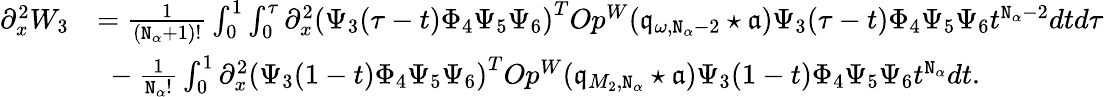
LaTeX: \begin{array}{rl}{\partial_{x}^{2}W_{3}}&{=\frac{1}{(\mathtt{N}_{\alpha}+1)!}\int_{0}^{1}\int_{0}^{\tau}\partial_{x}^{2}\left(\Psi_{3}(\tau-t)\Phi_{4}\Psi_{5}\Psi_{6}\right)^{T}Op^{W}(\mathfrak{q}_{\omega,\mathtt{N}_{\alpha}-2}\star\mathfrak{a})\Psi_{3}(\tau-t)\Phi_{4}\Psi_{5}\Psi_{6}t^{\mathtt{N}_{\alpha}-2}dtd\tau}\\ &{\ -\frac{1}{\mathtt{N}_{\alpha}!}\int_{0}^{1}\partial_{x}^{2}\left(\Psi_{3}(1-t)\Phi_{4}\Psi_{5}\Psi_{6}\right)^{T}Op^{W}(\mathfrak{q}_{M_{2},\mathtt{N}_{\alpha}}\star\mathfrak{a})\Psi_{3}(1-t)\Phi_{4}\Psi_{5}\Psi_{6}t^{\mathtt{N}_{\alpha}}dt.}\end{array}